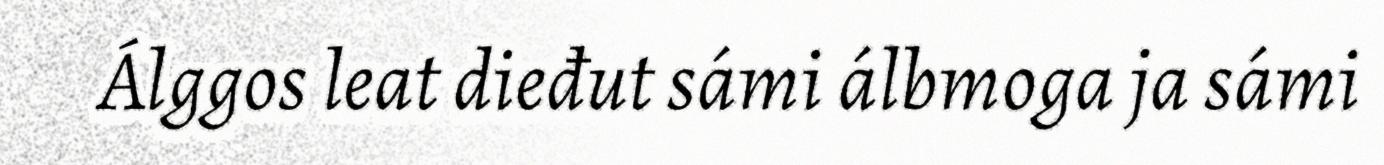
Álggos leat dieđut sámi álbmoga ja sámi